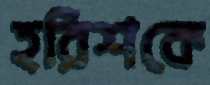
হরিশকে